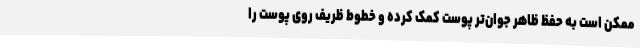
ممکن است به حفظ ظاهر جوان‌تر پوست کمک کرده و خطوط ظریف روی پوست را